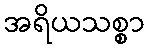
အရိယသစ္စာ